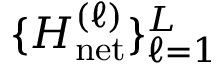
\{ H _ { \mathrm { n e t } } ^ { ( \ell ) } \} _ { \ell = 1 } ^ { L }